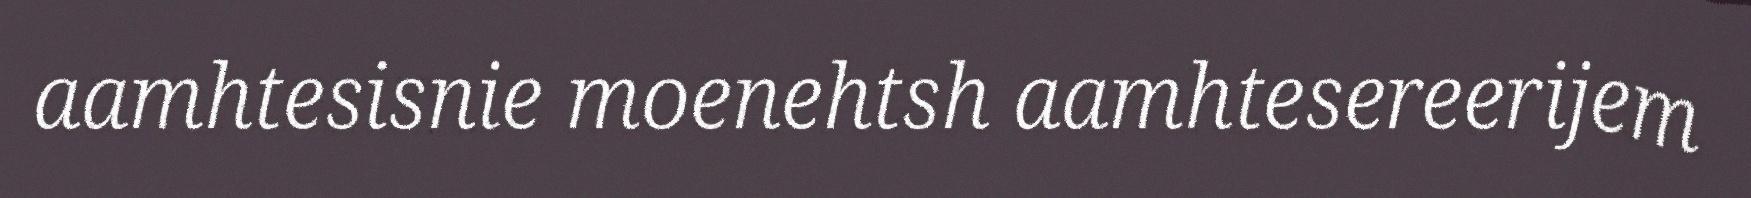
aamhtesisnie moenehtsh aamhtesereerijem